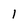
Character: 1